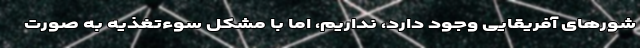
شورهای آفریقایی وجود دارد، ‌نداریم، اما با مشکل سوءتغذیه به صورت